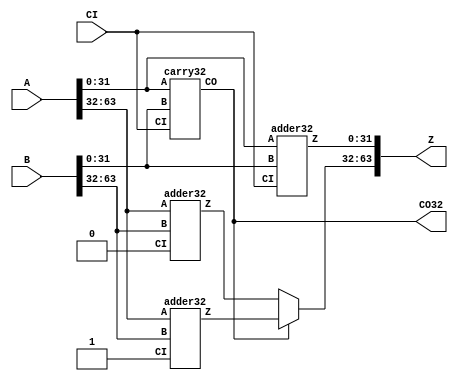
module test (
   Z,
   CO32,
   A,
   B,
   CI);

input[63:0]  A;
input[63:0]  B;
input	     CI;
output[63:0] Z;
output       CO32;

wire[31:0] Z1;
wire[31:0] Z2;

adder32 add0(
   .Z(Z[31:0]),
   .A(A[31:0]),
   .B(B[31:0]),
   .CI(CI));

carry32 car0(
   .CO (CO32),
   .A  (A[31:0]),
   .B  (B[31:0]),
   .CI (CI));

adder32 add1(
   .Z  (Z1),
   .A  (A[63:32]),
   .B  (B[63:32]),
   .CI (1'b0));

adder32 add2(
   .Z  (Z2),
   .A  (A[63:32]),
   .B  (B[63:32]),
   .CI (1'b1));

assign Z[63:32] = CO32 ? Z2 : Z1;

endmodule
module adder32 (
   Z,
   A,
   B,
   CI);

input[31:0]   A;
input[31:0]   B;
input	      CI;
output [31:0] Z;

assign Z = A + B + CI;

endmodule
module carry32 (
   CO,
   A,
   B,
   CI);

input[31:0] A;
input[31:0] B;
input	    CI;
output      CO;

wire[31:0] unused;
assign    {CO, unused} = A + B + CI;

endmodule